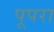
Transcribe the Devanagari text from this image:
पूपरा